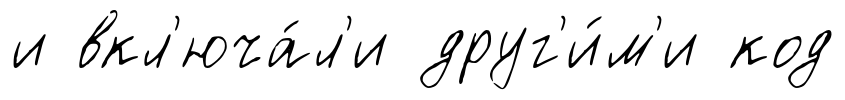
и вкл'юча́л'и друг'и́м'и код